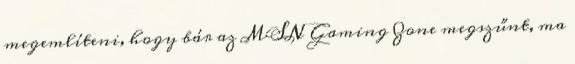
megemlíteni, hogy bár az MSN Gaming Zone megszűnt, ma